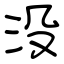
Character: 没